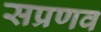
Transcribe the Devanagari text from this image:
सप्रणव